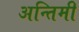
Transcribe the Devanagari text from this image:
अन्तिमी